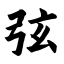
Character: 弦